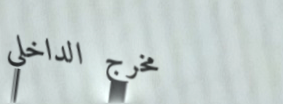
مخرج الداخلي